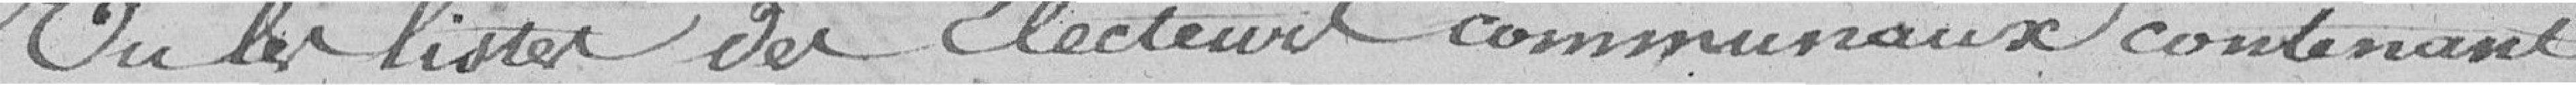
Vu les listes des électeurs communaux contenant